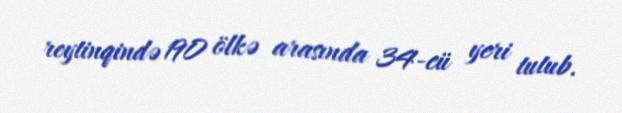
reytinqində 190 ölkə arasında 34-cü yeri tutub.